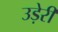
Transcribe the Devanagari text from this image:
उड़ेरी